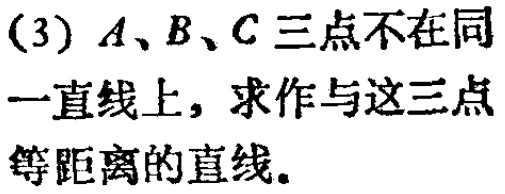
(3) \(A、B、C\)三点不在同一直线上，求作与这三点等距离的直线。